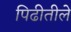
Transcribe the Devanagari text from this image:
पिढीतीले